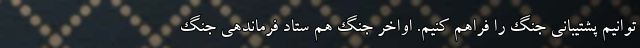
توانیم پشتیبانی جنگ را فراهم کنیم. اواخر جنگ هم ستاد فرماندهی جنگ